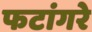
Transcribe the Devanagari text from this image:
फटांगरे